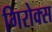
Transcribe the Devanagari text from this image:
गिरोक्स